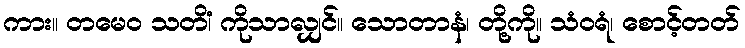
ကား။ တမေဝ သတိံ၊ ကိုသာလျှင်။ သောတာနံ၊ တို့ကို။ သံဝရံ၊ စောင့်တတ်